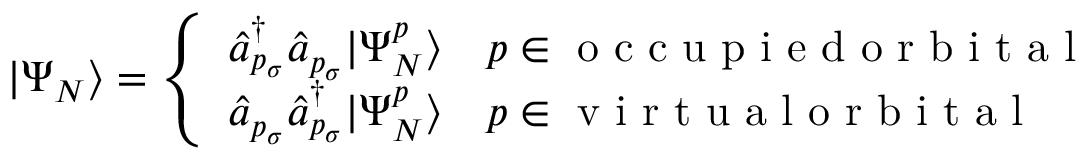
| \Psi _ { N } \rangle = \left\{ \begin{array} { l l } { \hat { a } _ { p _ { \sigma } } ^ { \dagger } \hat { a } _ { p _ { \sigma } } | \Psi _ { N } ^ { p } \rangle } & { p \in \mathrm { ~ o ~ c ~ c ~ u ~ p ~ i ~ e ~ d ~ o ~ r ~ b ~ i ~ t ~ a ~ l ~ } } \\ { \hat { a } _ { p _ { \sigma } } \hat { a } _ { p _ { \sigma } } ^ { \dagger } | \Psi _ { N } ^ { p } \rangle } & { p \in \mathrm { ~ v ~ i ~ r ~ t ~ u ~ a ~ l ~ o ~ r ~ b ~ i ~ t ~ a ~ l ~ } } \end{array} \right.